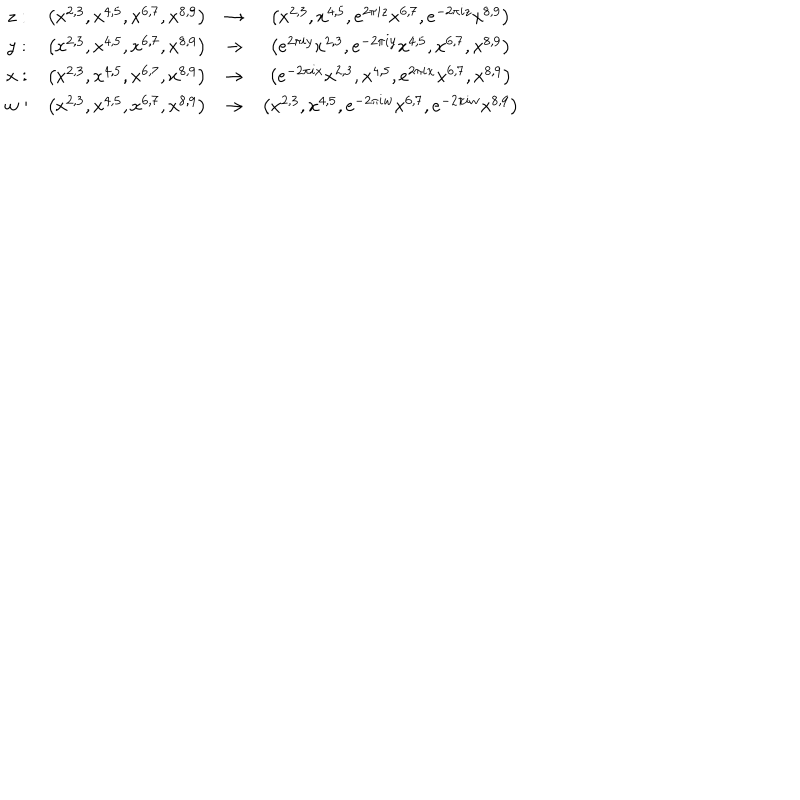
LaTeX: \begin{array} { c c c c } { { z : } } & { { \left( x ^ { 2 , 3 } , x ^ { 4 , 5 } , x ^ { 6 , 7 } , x ^ { 8 , 9 } \right) } } & { { \to } } & { { \left( x ^ { 2 , 3 } , x ^ { 4 , 5 } , e ^ { 2 \pi i z } x ^ { 6 , 7 } , e ^ { - 2 \pi i z } x ^ { 8 , 9 } \right) } } \\ { { y : } } & { { \left( x ^ { 2 , 3 } , x ^ { 4 , 5 } , x ^ { 6 , 7 } , x ^ { 8 , 9 } \right) } } & { { \to } } & { { \left( e ^ { 2 \pi i y } x ^ { 2 , 3 } , e ^ { - 2 \pi i y } x ^ { 4 , 5 } , x ^ { 6 , 7 } , x ^ { 8 , 9 } \right) } } \\ { { x : } } & { { \left( x ^ { 2 , 3 } , x ^ { 4 , 5 } , x ^ { 6 , 7 } , x ^ { 8 , 9 } \right) } } & { { \to } } & { { \left( e ^ { - 2 \pi i x } x ^ { 2 , 3 } , x ^ { 4 , 5 } , e ^ { 2 \pi i x } x ^ { 6 , 7 } , x ^ { 8 , 9 } \right) } } \\ { { w : } } & { { \left( x ^ { 2 , 3 } , x ^ { 4 , 5 } , x ^ { 6 , 7 } , x ^ { 8 , 9 } \right) } } & { { \to } } & { { \left( x ^ { 2 , 3 } , x ^ { 4 , 5 } , e ^ { - 2 \pi i w } x ^ { 6 , 7 } , e ^ { - 2 \pi i w } x ^ { 8 , 9 } \right) } } \\ \end{array}